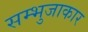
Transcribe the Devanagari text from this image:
सम्भुजाकार